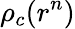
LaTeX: \rho_{c}(r^{n})